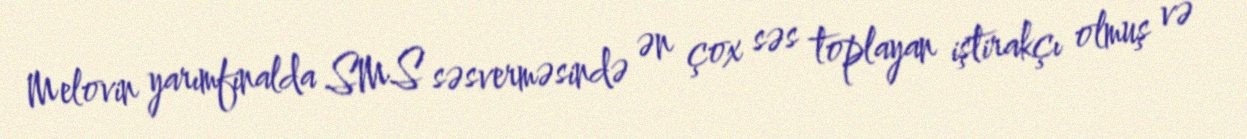
Melovin yarımfinalda SMS səsverməsində ən çox səs toplayan iştirakçı olmuş və